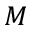
M